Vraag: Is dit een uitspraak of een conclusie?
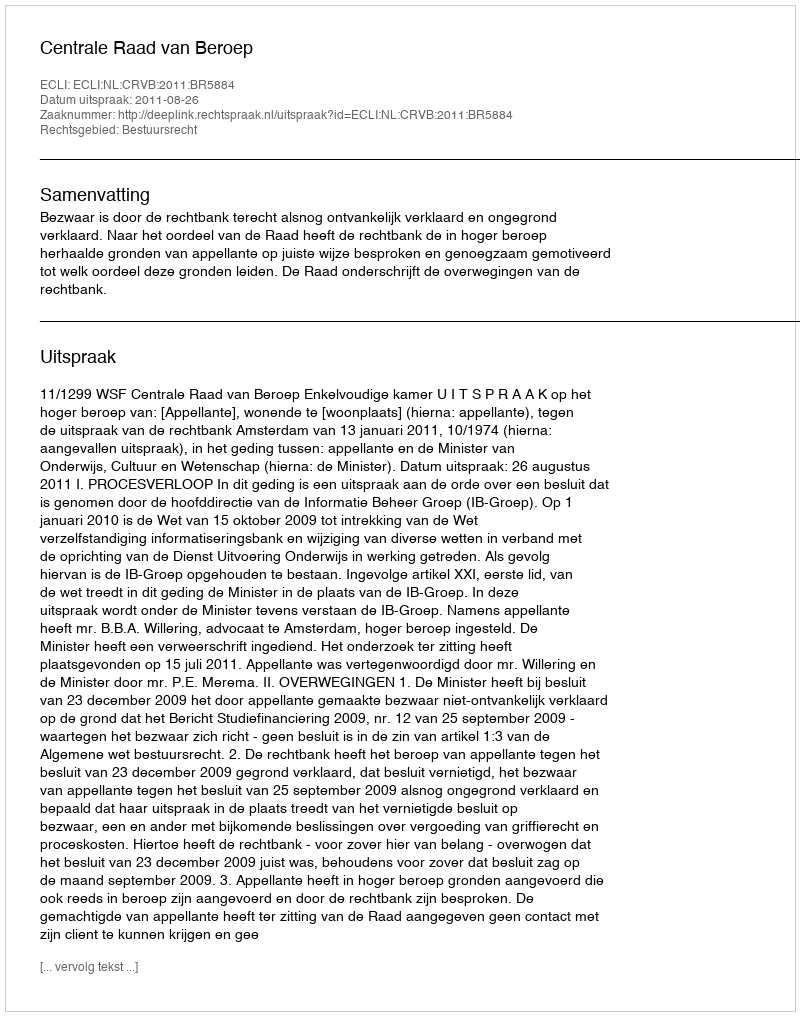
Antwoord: Uitspraak